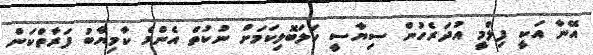
އޭނާ އަކީ ފިލްމީ އުދަރެހުން ސިޔާސީ ހަލަބޮލިކަމަށް ނުކުތް އެންމެ ކާމިޔާބު ފަރާތްކަން